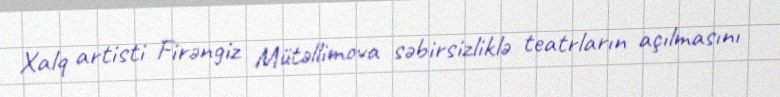
Xalq artisti Firəngiz Mütəllimova səbirsizliklə teatrların açılmasını